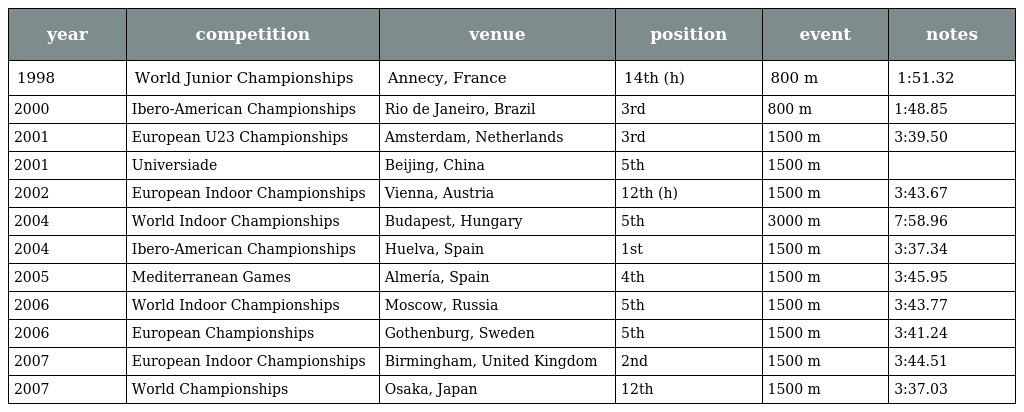
| year | competition | venue | position | event | notes |
 | --- | --- | --- | --- | --- | --- |
 | 1998 | World Junior Championships | Annecy, France | 14th (h) | 800 m | 1:51.32 |
 | 2000 | Ibero-American Championships | Rio de Janeiro, Brazil | 3rd | 800 m | 1:48.85 |
 | 2001 | European U23 Championships | Amsterdam, Netherlands | 3rd | 1500 m | 3:39.50 |
 | 2001 | Universiade | Beijing, China | 5th | 1500 m |  |
 | 2002 | European Indoor Championships | Vienna, Austria | 12th (h) | 1500 m | 3:43.67 |
 | 2004 | World Indoor Championships | Budapest, Hungary | 5th | 3000 m | 7:58.96 |
 | 2004 | Ibero-American Championships | Huelva, Spain | 1st | 1500 m | 3:37.34 |
 | 2005 | Mediterranean Games | Almería, Spain | 4th | 1500 m | 3:45.95 |
 | 2006 | World Indoor Championships | Moscow, Russia | 5th | 1500 m | 3:43.77 |
 | 2006 | European Championships | Gothenburg, Sweden | 5th | 1500 m | 3:41.24 |
 | 2007 | European Indoor Championships | Birmingham, United Kingdom | 2nd | 1500 m | 3:44.51 |
 | 2007 | World Championships | Osaka, Japan | 12th | 1500 m | 3:37.03 |